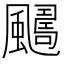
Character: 𩘿